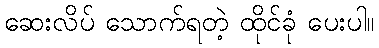
ဆေးလိပ် သောက်ရတဲ့ ထိုင်ခုံ ပေးပါ။